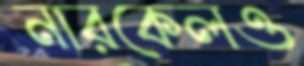
নারকেলও